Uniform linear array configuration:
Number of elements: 24
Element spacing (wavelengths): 0.5
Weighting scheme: uniform
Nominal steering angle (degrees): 60
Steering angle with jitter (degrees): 61.493
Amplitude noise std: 0.05
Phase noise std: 0.05

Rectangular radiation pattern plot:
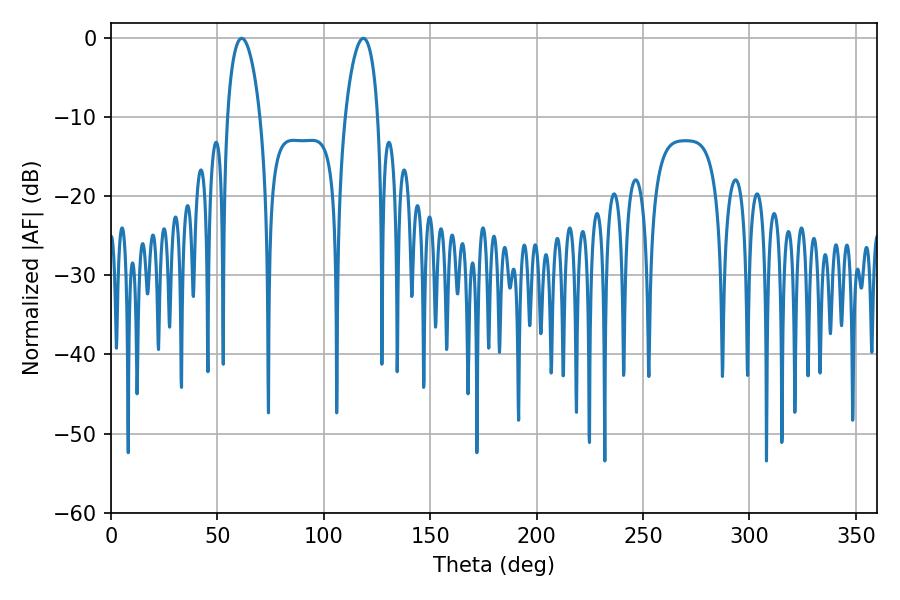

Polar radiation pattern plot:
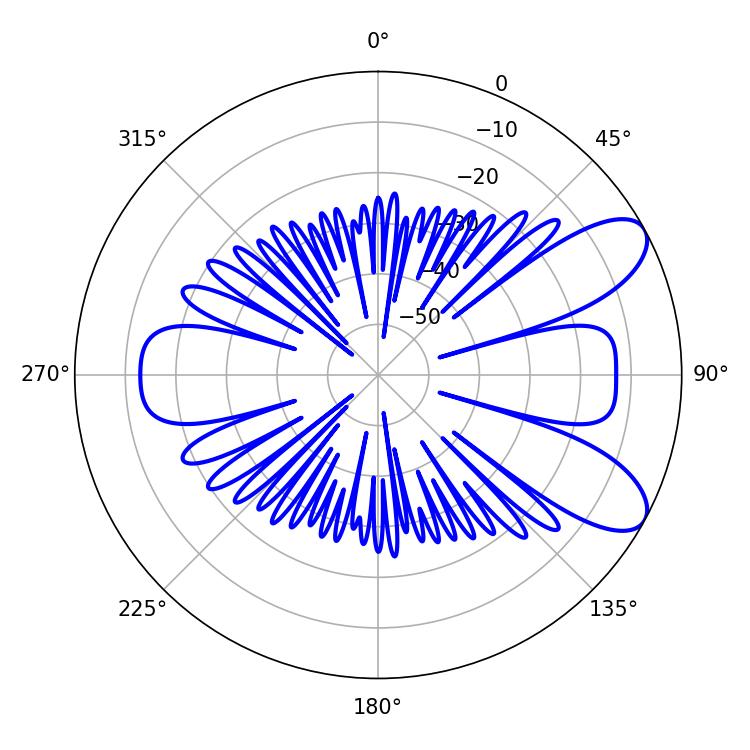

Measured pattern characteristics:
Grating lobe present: FALSE
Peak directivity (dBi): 8.46
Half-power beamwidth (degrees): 8.64
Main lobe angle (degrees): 61.38